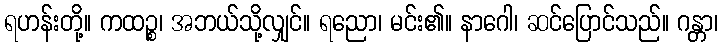
ရဟန်းတို့။ ကထဉ္စ၊ အဘယ်သို့လျှင်။ ရညော၊ မင်း၏။ နာဂေါ၊ ဆင်ပြောင်သည်။ ဂန္တာ၊